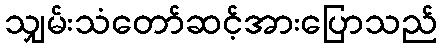
သျှမ်းသံတော်ဆင့်အားပြောသည်